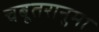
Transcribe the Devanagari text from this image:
चबूतरानुमा